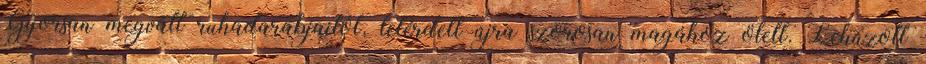
Gyorsan megvált ruhadarabjaitól, letérdelt újra szorosan magához ölelt. Lehúzott